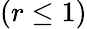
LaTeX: (r\leq 1)